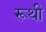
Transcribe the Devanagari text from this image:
रूथी